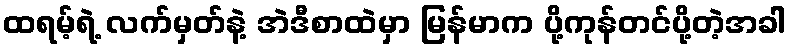
ထရမ့်ရဲ့ လက်မှတ်နဲ့ အဲဒီစာထဲမှာ မြန်မာက ပို့ကုန်တင်ပို့တဲ့အခါ